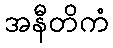
အနီတိကံ